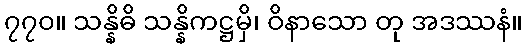
၇၇၀။ သန္နိဓိ သန္နိကဋ္ဌမှိ၊ ဝိနာသော တု အဒဿနံ။